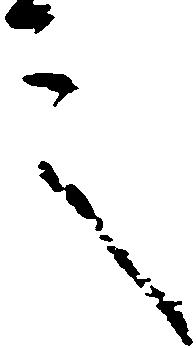
言